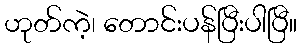
ဟုတ်ကဲ့၊ တောင်းပန်ပြီးပါပြီ။